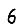
Digit: 6